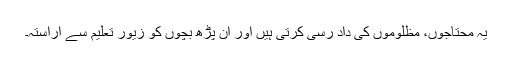
یہ محتاجوں، مظلوموں کی داد رسی کرتی ہیں اور ان پڑھ بچوں کو زیور تعلیم سے آراستہ۔